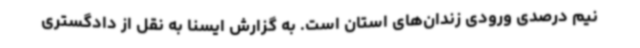
نیم درصدی ورودی زندان‌های استان است. به گزارش ایسنا به نقل از دادگستری